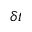
\delta t